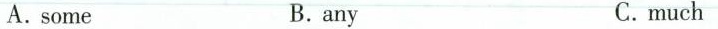
A.some B.any C.much